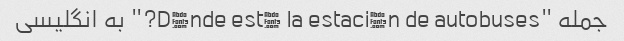
جمله "Dónde está la estación de autobuses?" به انگلیسی